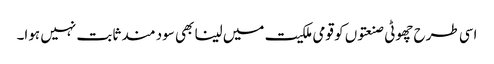
اسی طرح چھوٹی صنعتوں کو قومی ملکیت میں لینا بھی سود مند ثابت نہیں ہوا۔